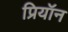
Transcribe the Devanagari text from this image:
प्रियॉन